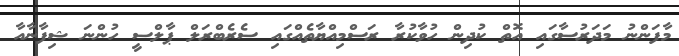
މާފަންނު މަދަރުސާގައި އޮތް ކުދިން ހުވާކުރާ ރަސްމިއްޔާތެއްގައި ސެރެބްރަލް ޕާލްސީ ހުންނަ ޝިފާނާއާ